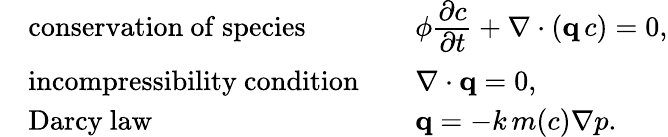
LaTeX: \begin{array}{rlrl}&{\mathrm{conservation~of~species}}&&{\phi\cfrac{\partial c}{\partial t}+\nabla\cdot({\mathbf q}\, c)=0,}\\ &{\mathrm{incompressibility~condition}}&&{\nabla\cdot{\mathbf q}=0,}\\ &{\mathrm{Darcy~law}}&&{{\mathbf q}=-k\, m(c)\nabla p.}\end{array}